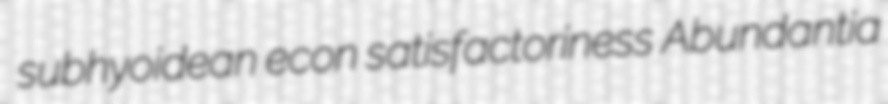
subhyoidean econ satisfactoriness Abundantia